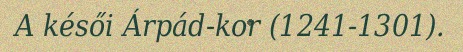
A késői Árpád-kor (1241-1301).